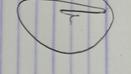
Signature authenticity: genuine